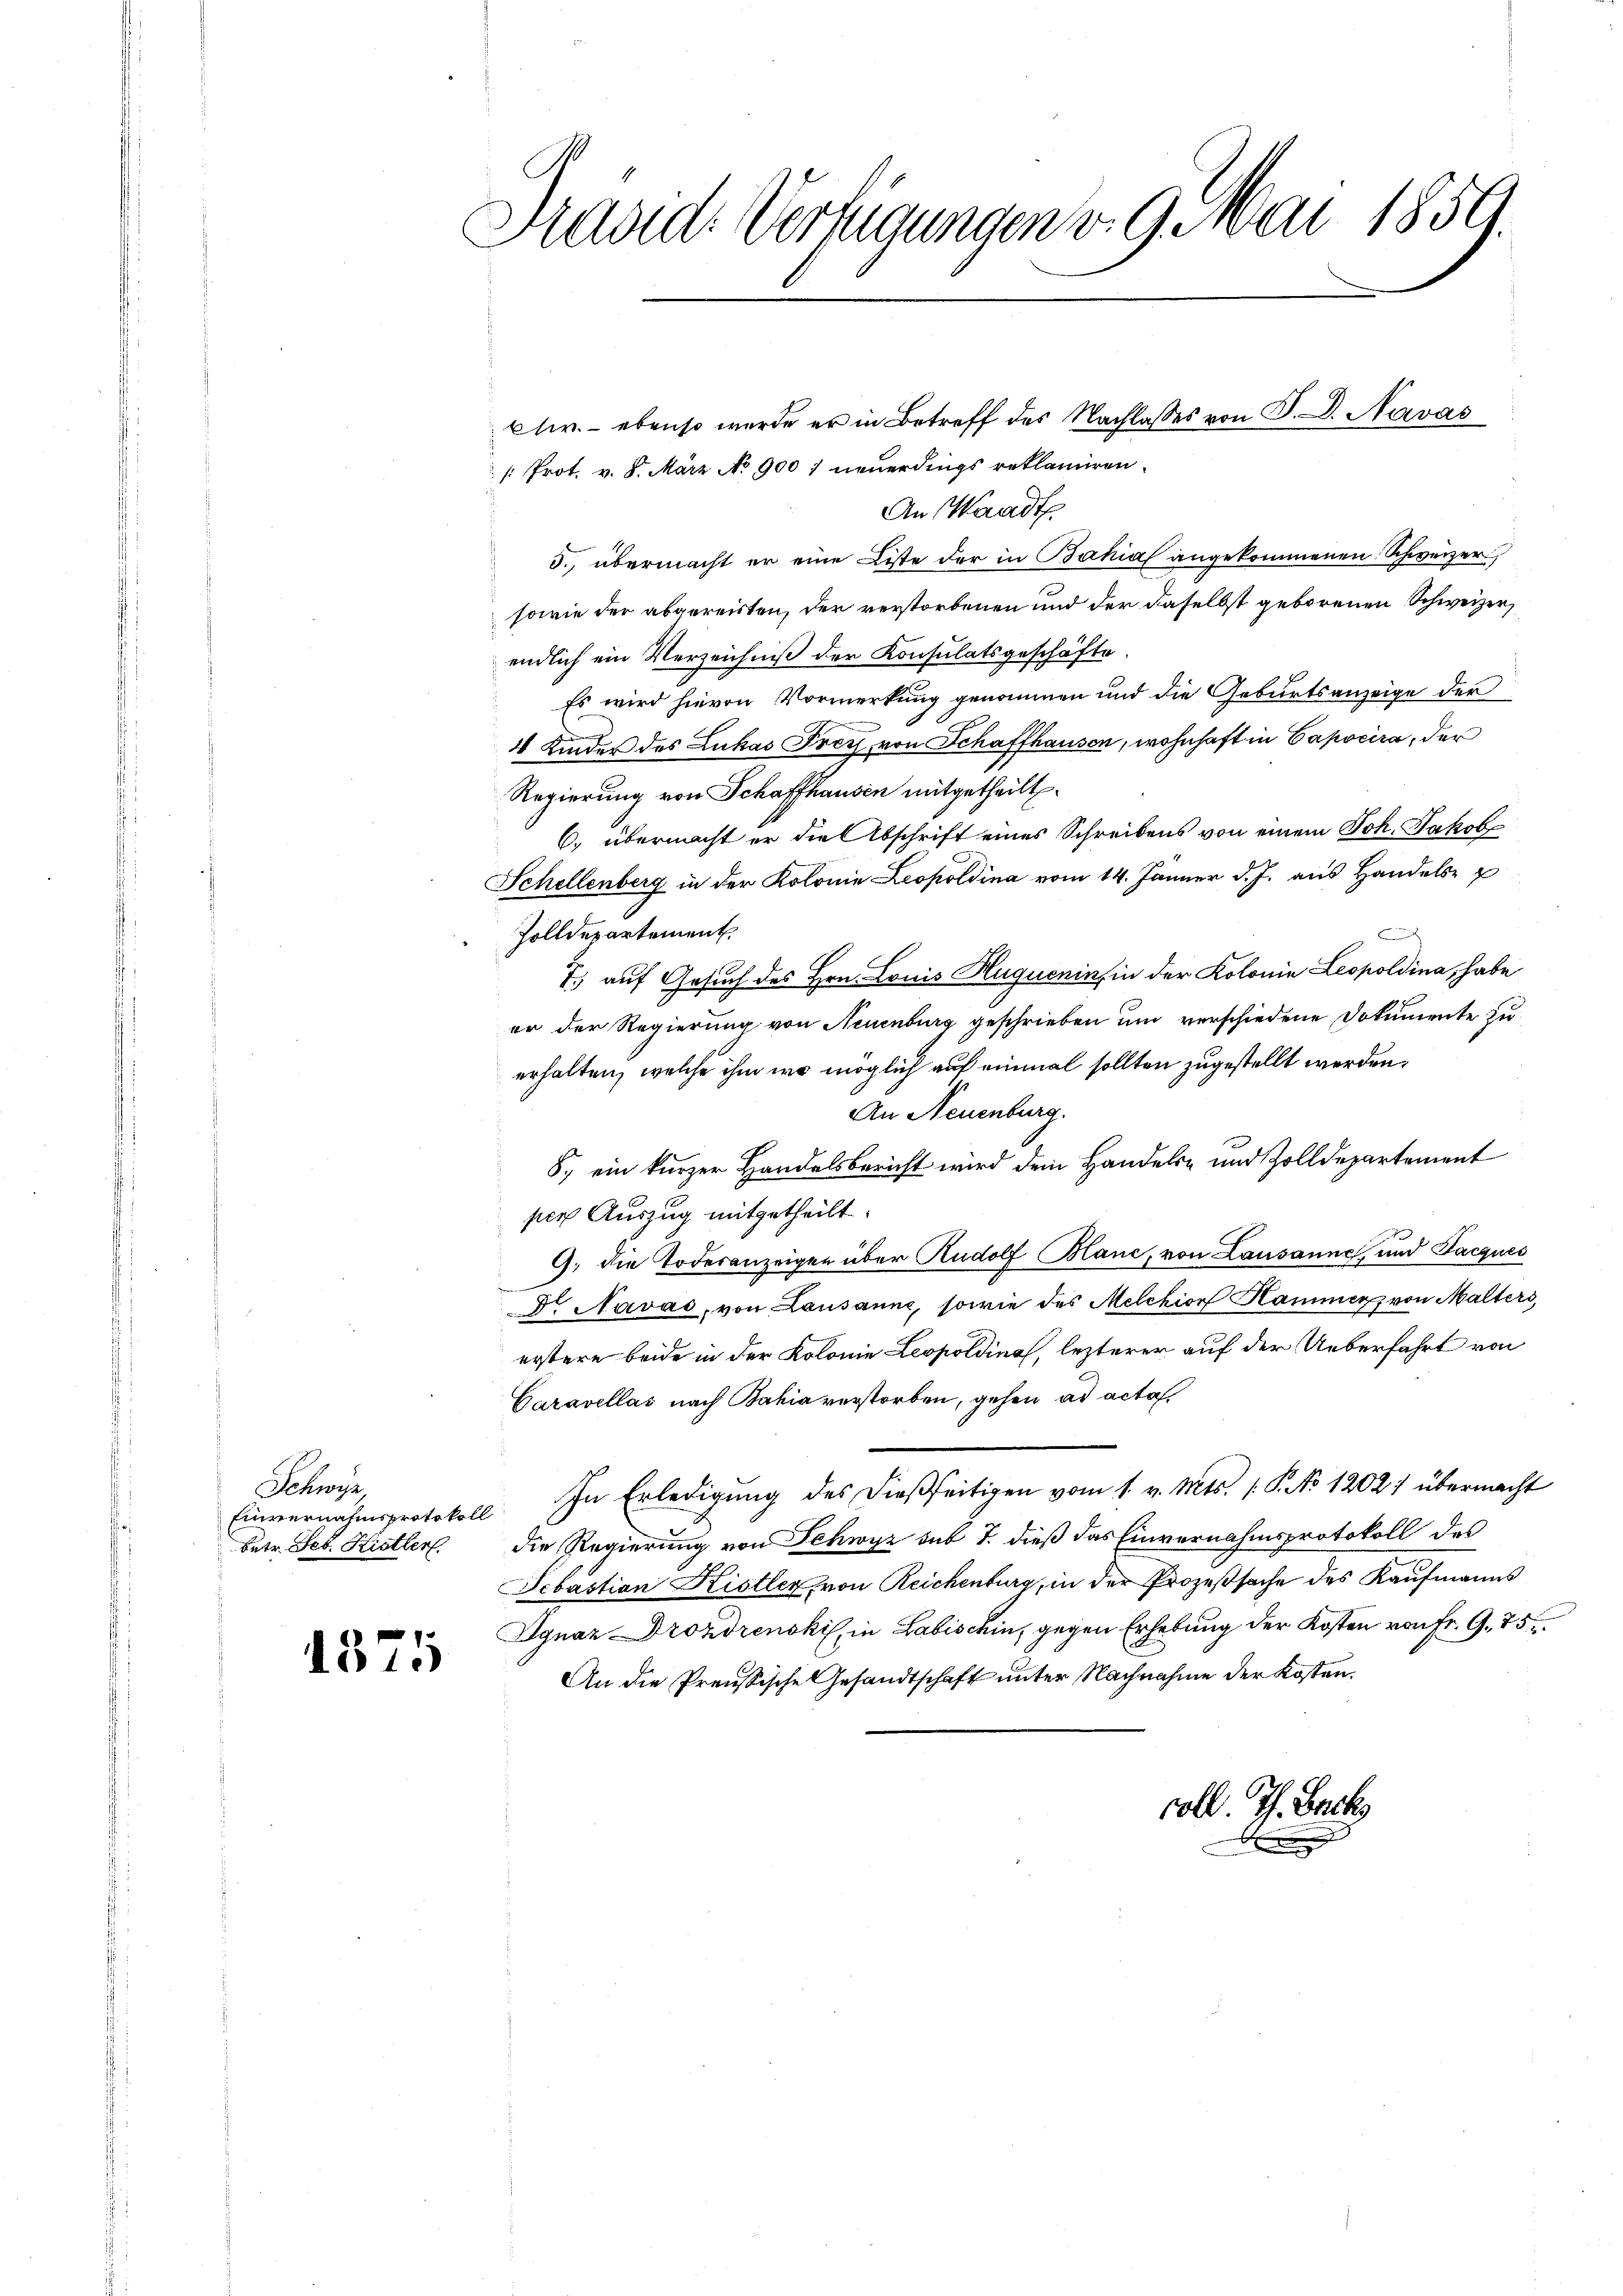
Schweise

1875

Hradide Verlegungen v. 9. Mai 1859.

clir. - ebenso wurde er in Betreff des Nachlasses von P. D. Navas
 Prot. v. 8. März No 900 neuerdings reklamiren.
An Waadt.
5., übermacht er eine Liste der in Bahial angekommenen Schweizer
sowie der abgereisten, der verstorbenen und der daselbst geborenen Schweizer,
endlich ein Verzeichniß der Konsulatsgeschäfte
 Es wird hievon Vormerkung genommen und die Geburtsanzeige der
4 Kinder des Lukas Prech von Schaffhausen, wohnhaft in Capocira, der
Regierung von Schaffhausen mitgetheilt.
6. übermacht er die Abschrift eines Schreibens von einem Joh. Jakob
Schellenberg in der Kolonie Leopoldina vom 14. Jänner d. J. aus Handels- u
Zolldepartement
n
7.) auf Gesuch des Hrn. Louis Huqueninfin der Kolonie Leopoldina, habe
er der Regierung von Neuenburg geschrieben und verschiedene Dokumente zu
erhalten, welche ihm wo möglich auf einmal sollten zugestellt werden,
An Neuenburg.
8., ein kurzer Handelsbericht wird dem Handels- und Zolldepartement
per Auszug mitgetheilt
9. die Todesanzeigen über Rudolf Mane, von Lausanne, und Pacques
Dr. Navas, von Lausanne, sowie des Melchior Kammer, von Malters,
erstere beide in der Kolonie Leopoldinal, lezterer auf der Ueberfahrt von
Caravellas nach Bahia verstorben, gehen ad acta.
Einvernahmsprotokoll. In Erledigŭng des dießseitigen vom 1. v. Mts. 1. P. No 12027 übermacht
Petr. Seb. Kistler. Die Regierung von Schwyz sub 7. dieß das Einvernahmsprotokoll des
Sebastian Kistler von Reichenburg, in der Prozeßsache des Kaufmanns
Ignaz Drozorenski, in Labischin, gegen Erhebung der Kosten von Fr. 9. 75
An die Preußische Gesandtschaft unter Nachnahme der Kosten.
coll. Th. Back